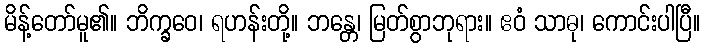
မိန့်တော်မူ၏။ ဘိက္ခဝေ၊ ရဟန်းတို့။ ဘန္တေ၊ မြတ်စွာဘုရား။ ဧဝံ သာဓု၊ ကောင်းပါပြီ။